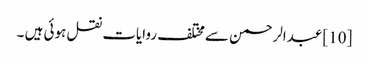
[10] عبدالرحمن سےمختلف روایات نقل ہوئی ہیں ۔